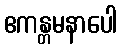
ဧကန္တမနာပေါ